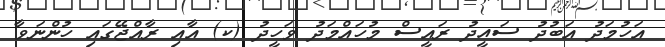
އަހުމަދު އަބުދު ސައީދު ރައީސް މުހައްމަދު ވަހީދު (ކ) އާއި ރާއްޖޭގައި ހުންނަވާ